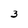
Character: 3